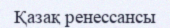
Қазақ ренессансы